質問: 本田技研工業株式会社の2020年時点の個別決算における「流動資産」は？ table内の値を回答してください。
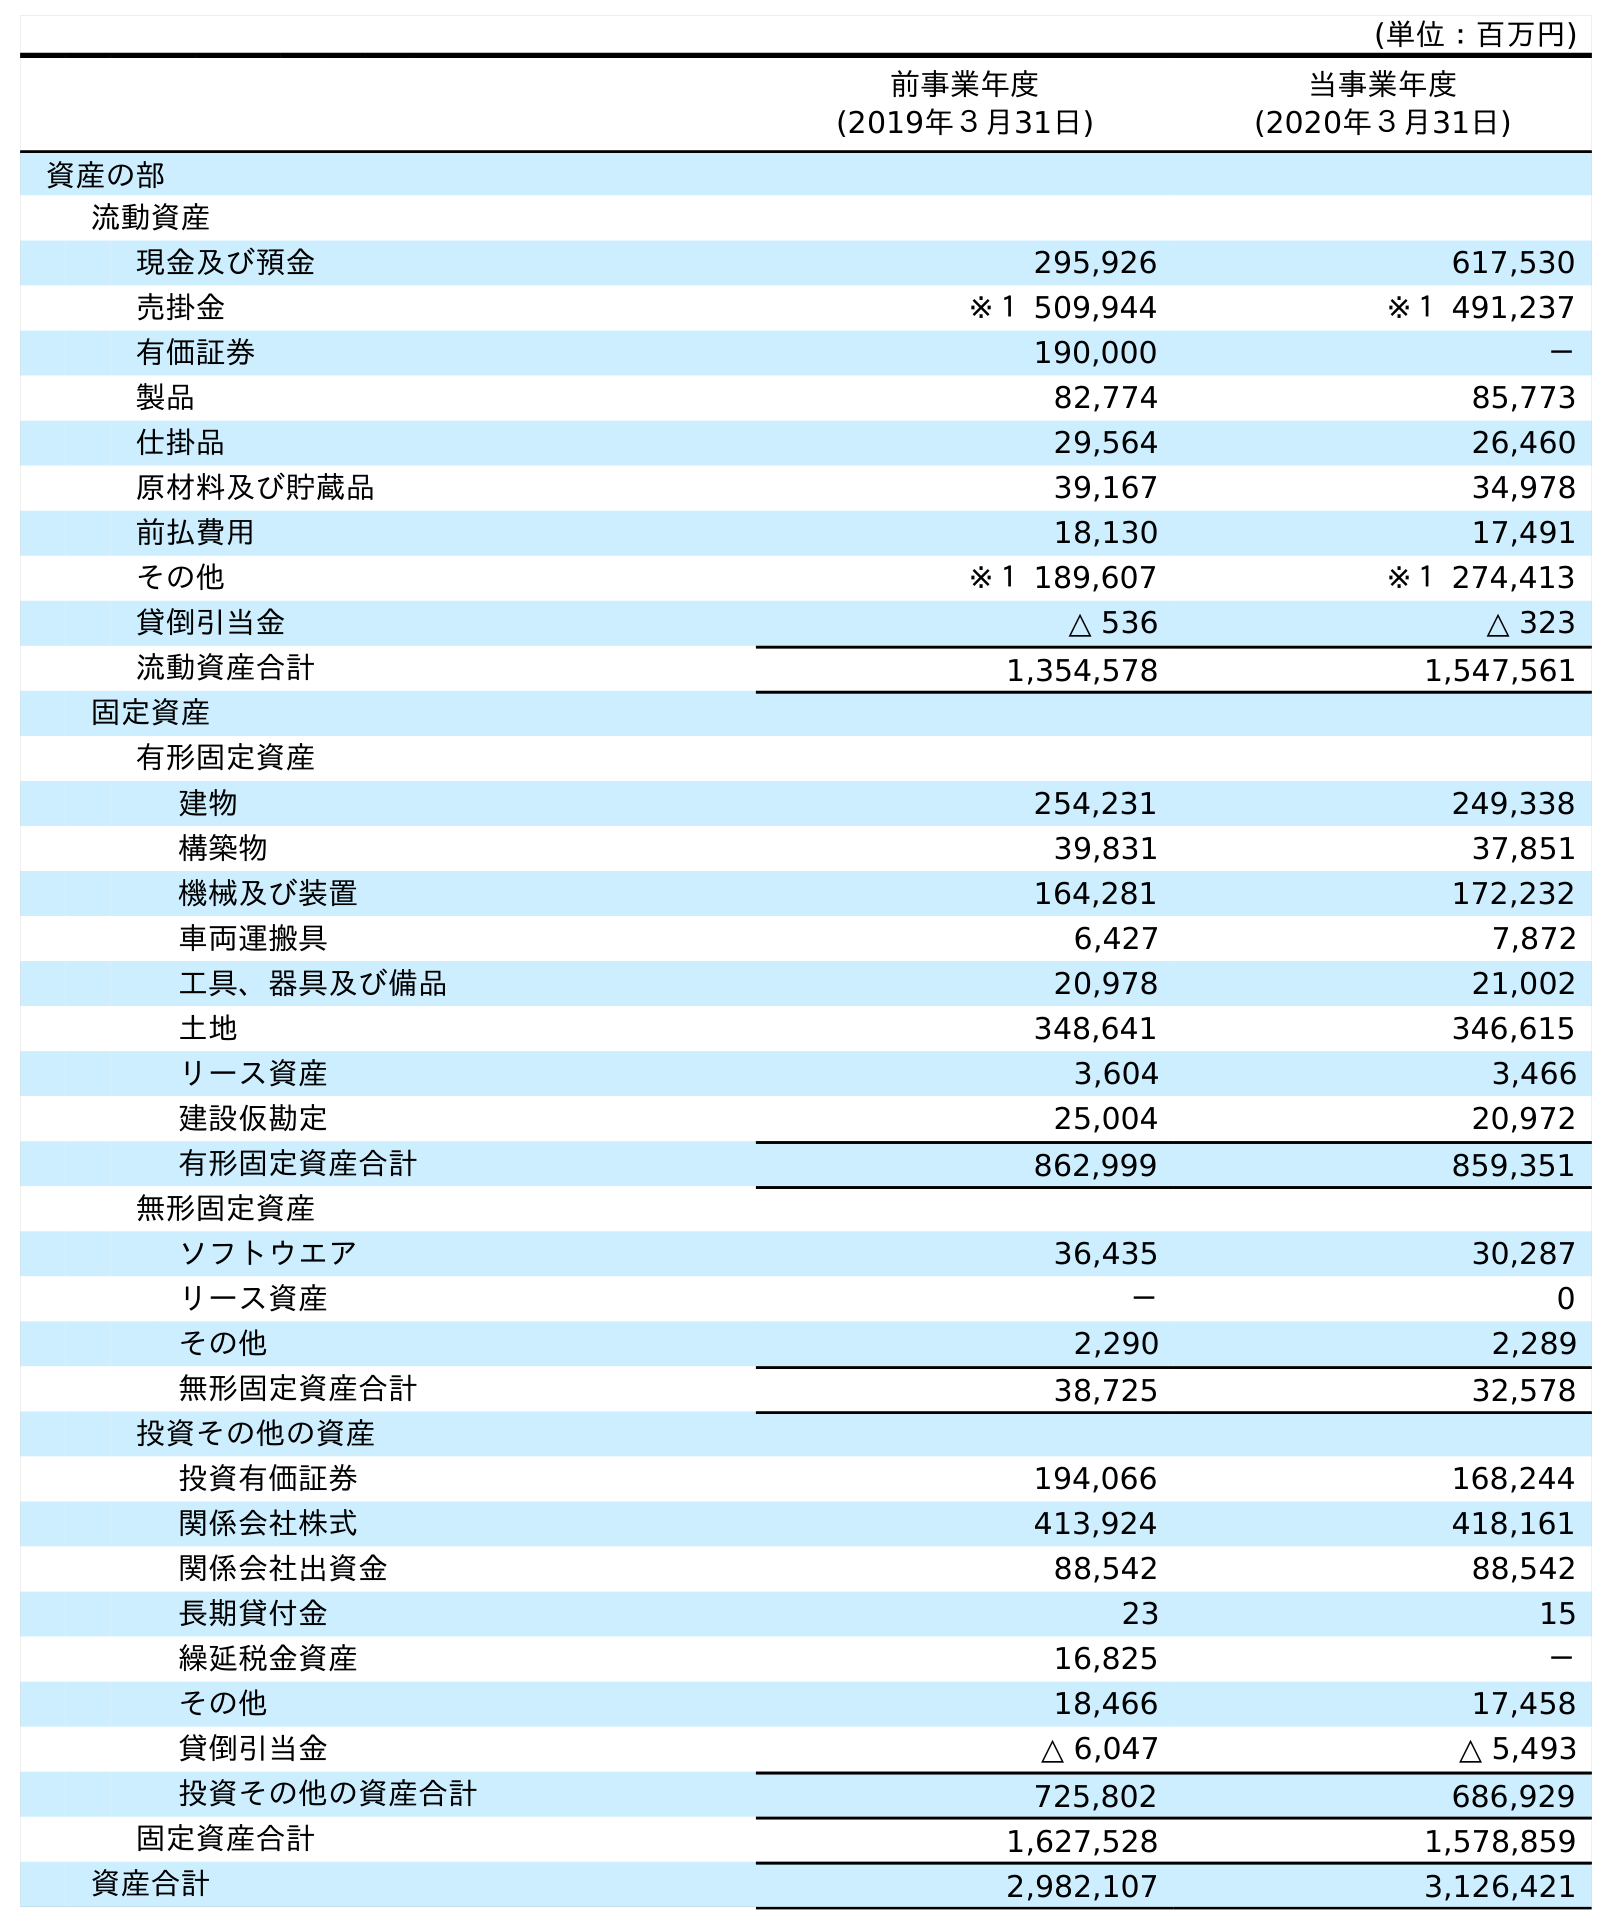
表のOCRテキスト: (単位：百万円) 前事業年度 (2019年３月31日) 当事業年度 (2020年３月31日) 資産の部 流動資産 現金及び預金 295,926 617,530 売掛金 ※１ 509,944 ※１ 491,237 有価証券 190,000 － 製品 82,774 85,773 仕掛品 29,564 26,460 原材料及び貯蔵品 39,167 34,978 前払費用 18,130 17,491 その他 ※１ 189,607 ※１ 274,413 貸倒引当金 △ 536 △ 323 流動資産合計 1,354,578 1,547,561 固定資産 有形固定資産 建物 254,231 249,338 構築物 39,831 37,851 機械及び装置 164,281 172,232 車両運搬具 6,427 7,872 工具、器具及び備品 20,978 21,002 土地 348,641 346,615 リース資産 3,604 3,466 建設仮勘定 25,004 20,972 有形固定資産合計 862,999 859,351 無形固定資産 ソフトウエア 36,435 30,287 リース資産 － 0 その他 2,290 2,289 無形固定資産合計 38,725 32,578 投資その他の資産 投資有価証券 194,066 168,244 関係会社株式 413,924 418,161 関係会社出資金 88,542 88,542 長期貸付金 23 15 繰延税金資産 16,825 － その他 18,466 17,458 貸倒引当金 △ 6,047 △ 5,493 投資その他の資産合計 725,802 686,929 固定資産合計 1,627,528 1,578,859 資産合計 2,982,107 3,126,421
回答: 1,547,561